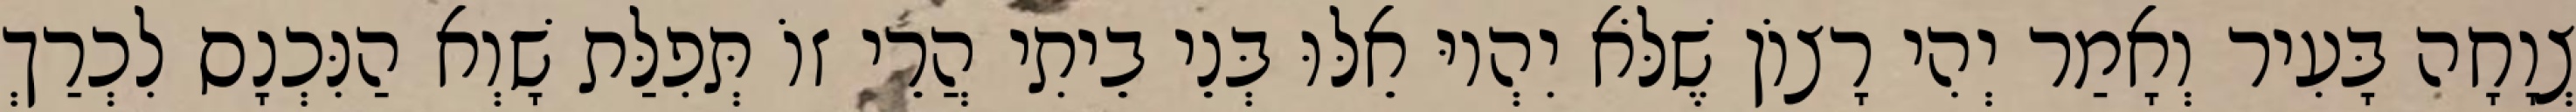
צְוָחָה בָּעִיר וְאָמַר יְהִי רָצוֹן שֶׁלֹּא יִהְיוּ אֵלּוּ בְּנֵי בֵיתִי הֲרֵי זוֹ תְּפִלַּת שָׁוְא הַנִּכְנָס לִכְרַךְ